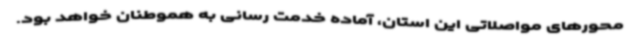
محورهای مواصلاتی این استان، آماده خدمت رسانی به هموطنان خواهد بود.